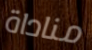
مناداة